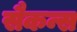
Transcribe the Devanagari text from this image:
सैकन्स